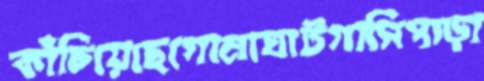
কাঁচিয়েছেগোমাঘাটগাসিপাড়া